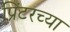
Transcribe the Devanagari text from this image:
प्रिंटरच्या